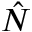
\hat { N }